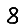
Digit: 8